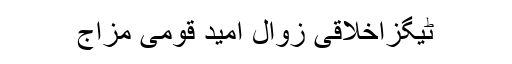
ٹیگزاخلاقی زوال امید قومی مزاج